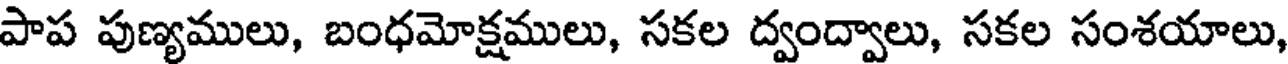
పాప పుణ్యములు, బంధమోక్షములు, సకల ద్వంద్వాలు, సకల సంశయాలు,